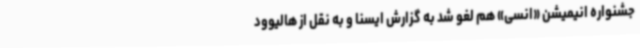
جشنواره انیمیشن «انسی» هم لغو شد به گزارش ایسنا و به نقل از هالیوود